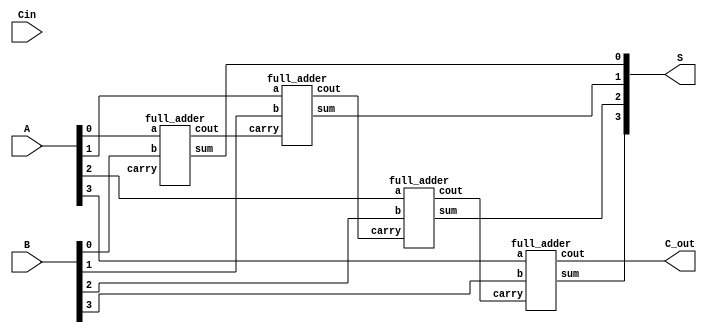
module RCA_4bit(input [3:0] A, input [3:0] B, input Cin, output [3:0] S, output C_out);

wire c1,c2,c3,c4;
full_adder a1(.a(A[0]), .b(B[0]), .carry(cin), .sum(S[0]), .cout(c1));
full_adder a2(.a(A[1]), .b(B[1]), .carry(c1), .sum(S[1]), .cout(c2));
full_adder a3(.a(A[2]), .b(B[2]), .carry(c2), .sum(S[2]), .cout(c3));
full_adder a4(.a(A[3]), .b(B[3]), .carry(c3), .sum(S[3]), .cout(C_out)); 

endmodule

module full_adder(input a, input b, input carry, output sum, output cout);

assign {cout, sum} = a + b + carry;

endmodule